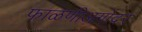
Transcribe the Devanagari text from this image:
फाळणीअगोदर